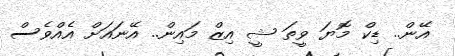
އޭން.. ޑިކް މޮޔަ ވީތަ ޝީ އިޒް މައިން.. އޭނައަށް އެއްވެސް